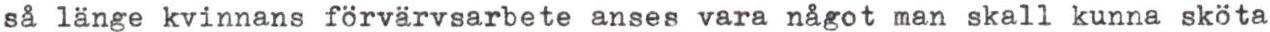
så länge kvinnans förvärvsarbete anses vara något man skall kunna sköta